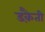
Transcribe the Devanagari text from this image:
डक़ैती